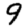
Digit: 9